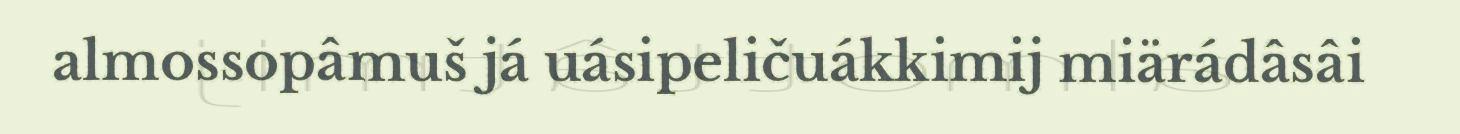
almossopâmuš já uásipeličuákkimij miärádâsâi